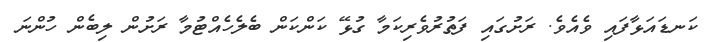
ކަނޑައަޅާފައި ވެއެވެ. ރަށުގައި ފަތުރުވެރިކަމާ ގުޅޭ ކަންކަން ބެލެހެއްޓުމާ ރަށުން ލިބެން ހުންނަ